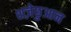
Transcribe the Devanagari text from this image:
शज़ेछुआन